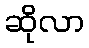
ဆိုလာ